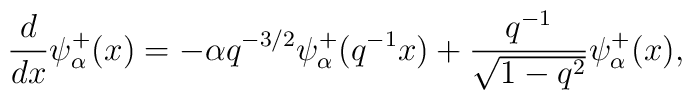
\frac{d}{dx}\psi_\alpha^+(x)=-\alpha q^{-3/2}\psi_\alpha^+(q^{-1}x)+\frac{q^{-1}}{\sqrt{1-q^2}}\psi_\alpha^+(x),